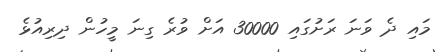
މައި ދެ ވަނަ ރަށުގައި 30000 އަށް ވުރެ ގިނަ މީހުން ދިރިއުޅެ